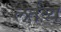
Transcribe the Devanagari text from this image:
लर्तव्य